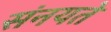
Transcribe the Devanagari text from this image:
संनयते